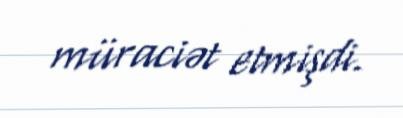
müraciət etmişdi.